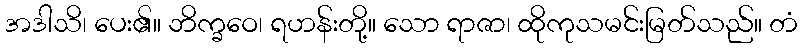
အဒါသိ၊ ပေး၏။ ဘိက္ခဝေ၊ ရဟန်းတို့။ သော ရာဇာ၊ ထိုကုသမင်းမြတ်သည်။ တံ